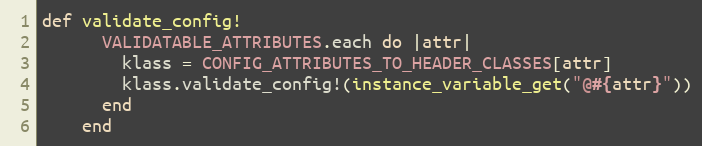
Language: Ruby
def validate_config!
      VALIDATABLE_ATTRIBUTES.each do |attr|
        klass = CONFIG_ATTRIBUTES_TO_HEADER_CLASSES[attr]
        klass.validate_config!(instance_variable_get("@#{attr}"))
      end
    end